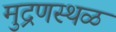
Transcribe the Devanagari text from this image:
मुद्रणस्थळ